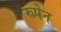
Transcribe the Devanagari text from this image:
रुपेन